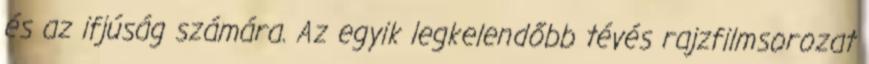
és az ifjúság számára. Az egyik legkelendőbb tévés rajzfilmsorozat